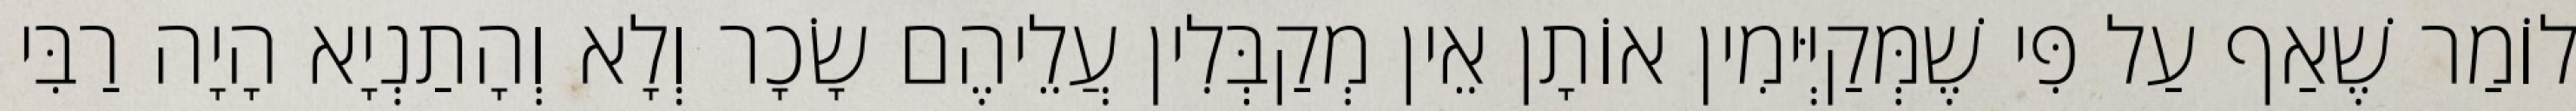
לוֹמַר שֶׁאַף עַל פִּי שֶׁמְּקַיְּימִין אוֹתָן אֵין מְקַבְּלִין עֲלֵיהֶם שָׂכָר וְלָא וְהָתַנְיָא הָיָה רַבִּי